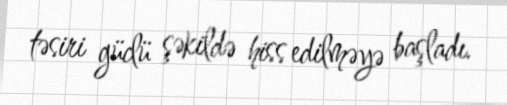
təsiri güclü şəkildə hiss edilməyə başladı.